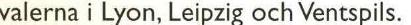
valerna i Lyon, Leipzig och Ventspils.